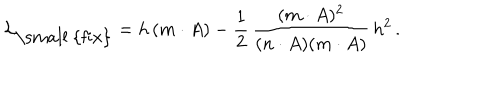
{ \cal L } _ { \mathrm { \small ~ { f i x } } } = h \, ( m \cdot A ) - \frac { 1 } { 2 } \, \frac { ( m \cdot A ) ^ { 2 } } { ( n \cdot A ) ( m \cdot A ) } \, h ^ { 2 } \, .